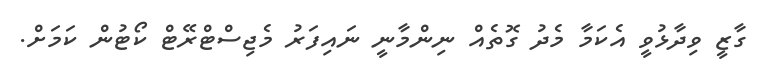
ގާޒީ ވިދާޅުވީ އެކަމާ މެދު ގޮތެއް ނިންމާނީ ނައިފަރު މެޖިސްޓްރޭޓް ކޯޓުން ކަމަށް.